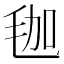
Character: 𣭋